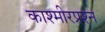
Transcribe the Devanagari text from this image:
काश्‍मीरप्रश्‍न